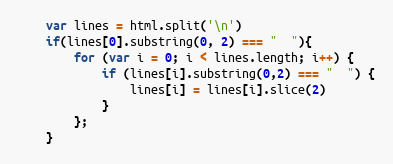
Language: JavaScript
    var lines = html.split('\n')
    if(lines[0].substring(0, 2) === "  "){
        for (var i = 0; i < lines.length; i++) {
            if (lines[i].substring(0,2) === "  ") {
                lines[i] = lines[i].slice(2)
            }
        };
    }